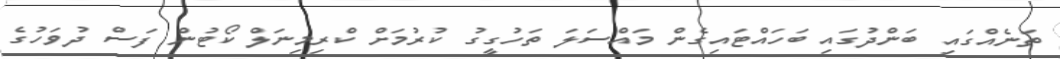
ތަނެއްގައި ބަންދުގައި ބަހައްޓައިގެން މައްސަލަ ތަހުގީގު ކުރުމަށް ކްރިމިނަލް ކޯޓުން ފަސް ދުވަހުގެ